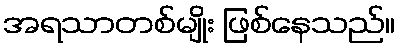
အရသာတစ်မျိုး ဖြစ်နေသည်။